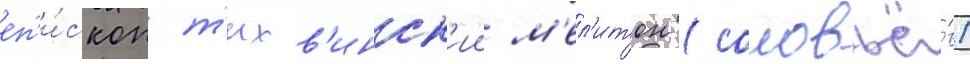
еп'и́скоп т'ихв'инск'ии м'ел'итон (соловьё́в)